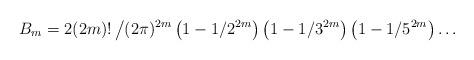
LaTeX: \begin{align*}B_m=2(2m)!\left/(2\pi)^{2m}\left(1-1/2^{2m}\right)\left(1-1/3^{2m}\right)\left(1-1/5^{2m}\right)\ldots\right.\end{align*}